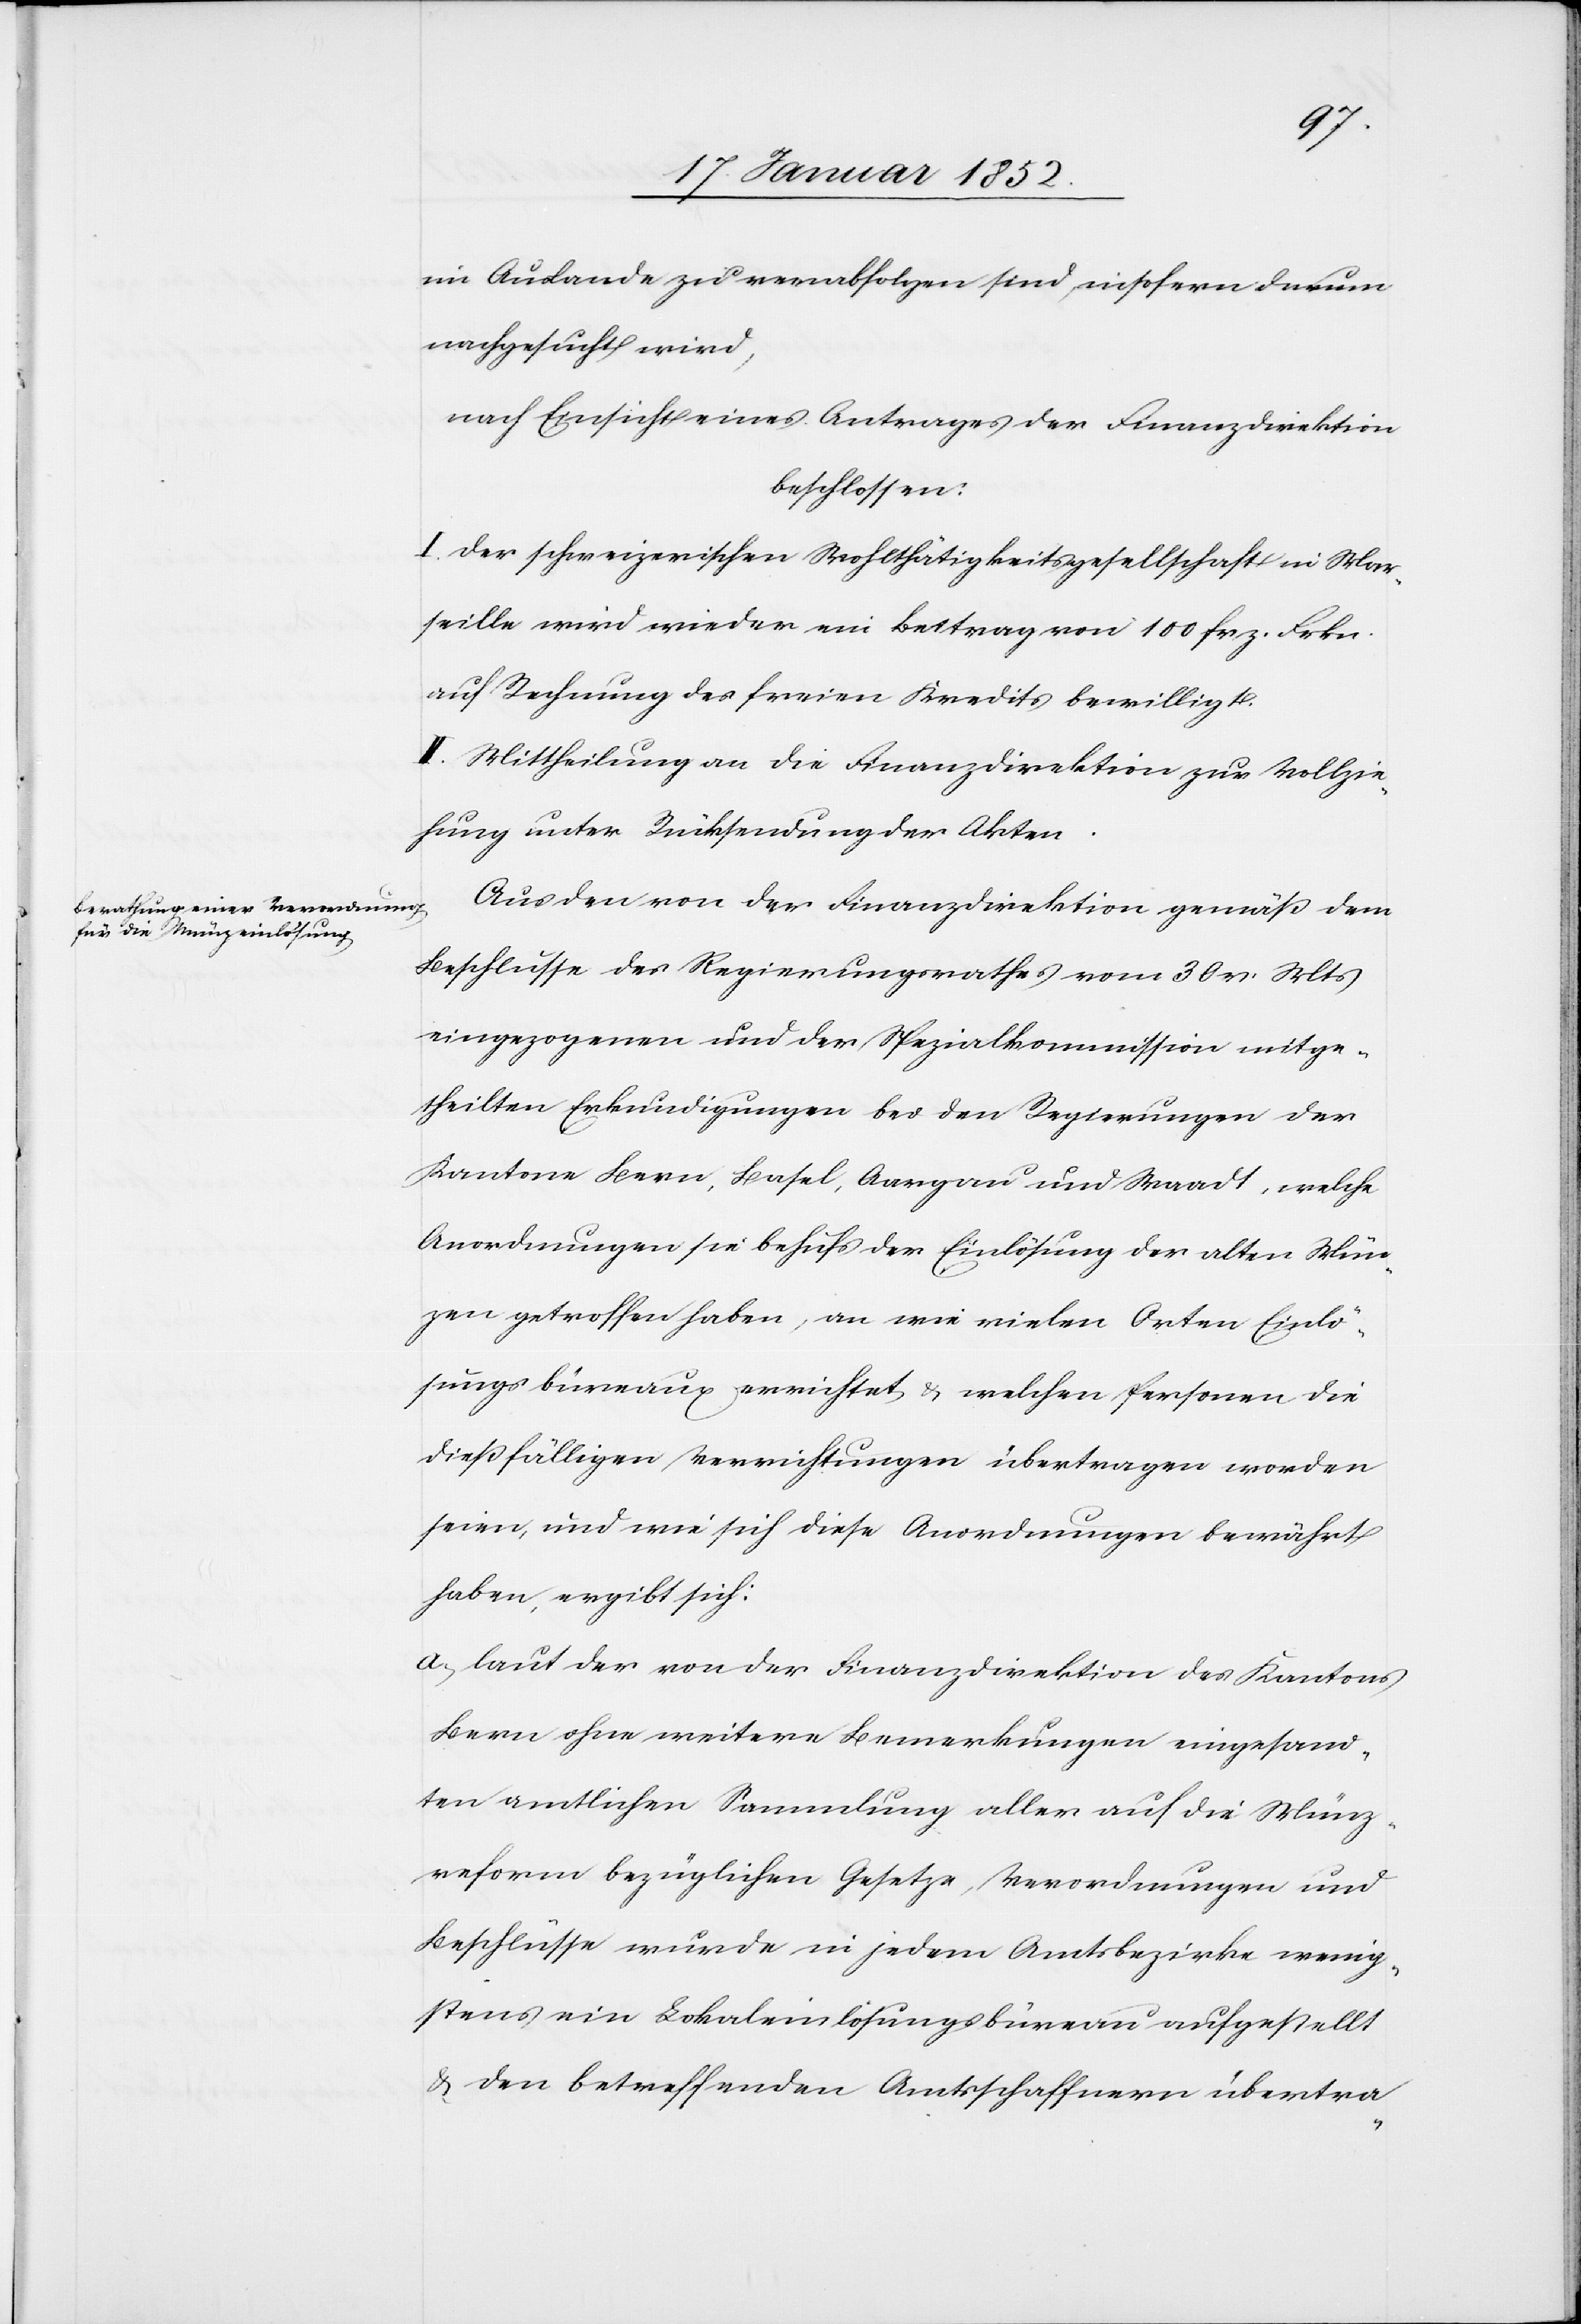
im Auslande zu verabfolgen sind, insofern darum
nachgesucht wird,
nach Einsicht eines Antrages der Finanzdirektion
beschlossen:
I. Der schweizerischen Wohlthätigkeitsgesellschaft in Mar¬
seille wird wieder ein Betrag von 100 frz. Frkn.
auf Rechnung des freien Kredits bewilligt.
II. Mittheilung an die Finanzdirektion zur Vollzie¬
hung unter Rücksendung der Akten.
Aus den von der Finanzdirektion gemäß dem
Beschlusse des Regierungsrathes vom 30 v. Mts
eingezogenen und der Spezialkommission mitge¬
theilten Erkundigungen bei den Regierungen der
Kantone Bern, Basel, Aargau und Waadt, welche
Anordnungen sie behufs der Einlösung der alten Mün¬
zen getroffen haben, an wie vielen Orten Einlö¬
sungsbüreaus errichtet u. welchen Personen die
dießfälligen Verrichtungen übertragen worden
seien, und wie sich diese Anordnungen bewährt
haben, ergibt sich:
a.) Laut der von der Finanzdirektion des Kantons
Bern ohne weitere Bemerkungen eingesand¬
ten amtlichen Sammlung aller auf die Münz¬
reform bezüglichen Gesetze, Verordnungen und
Beschlüsse wurde in jedem Amtsbezirke wenig¬
stens ein Lokaleinlösungsbüreau aufgestellt
u. den betreffenden Amtsschaffnern übertra-